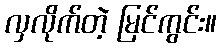
လှလိုက်တဲ့ မြင်ကွင်း။